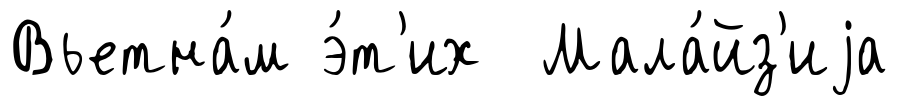
Вьетна́м э́т'их Мала́йз'иjа